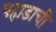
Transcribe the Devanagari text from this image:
पहाडाची